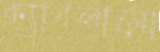
ক্যাবলামো